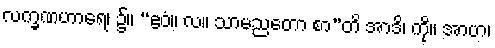
လက္ခဏဟာရေ၊ ၌။ “ဧဝံ။ လ။ သာမညတော စာ”တိ အာဒိ၊ ကို။ အာဟ၊